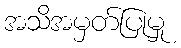
အသိအမှတ်ပြုမှု